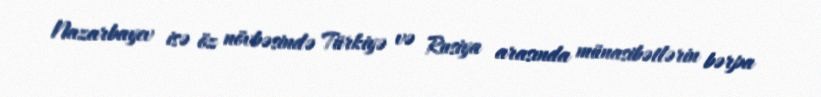
Nazarbayev isə öz növbəsində Türkiyə və Rusiya arasında münasibətlərin bərpa